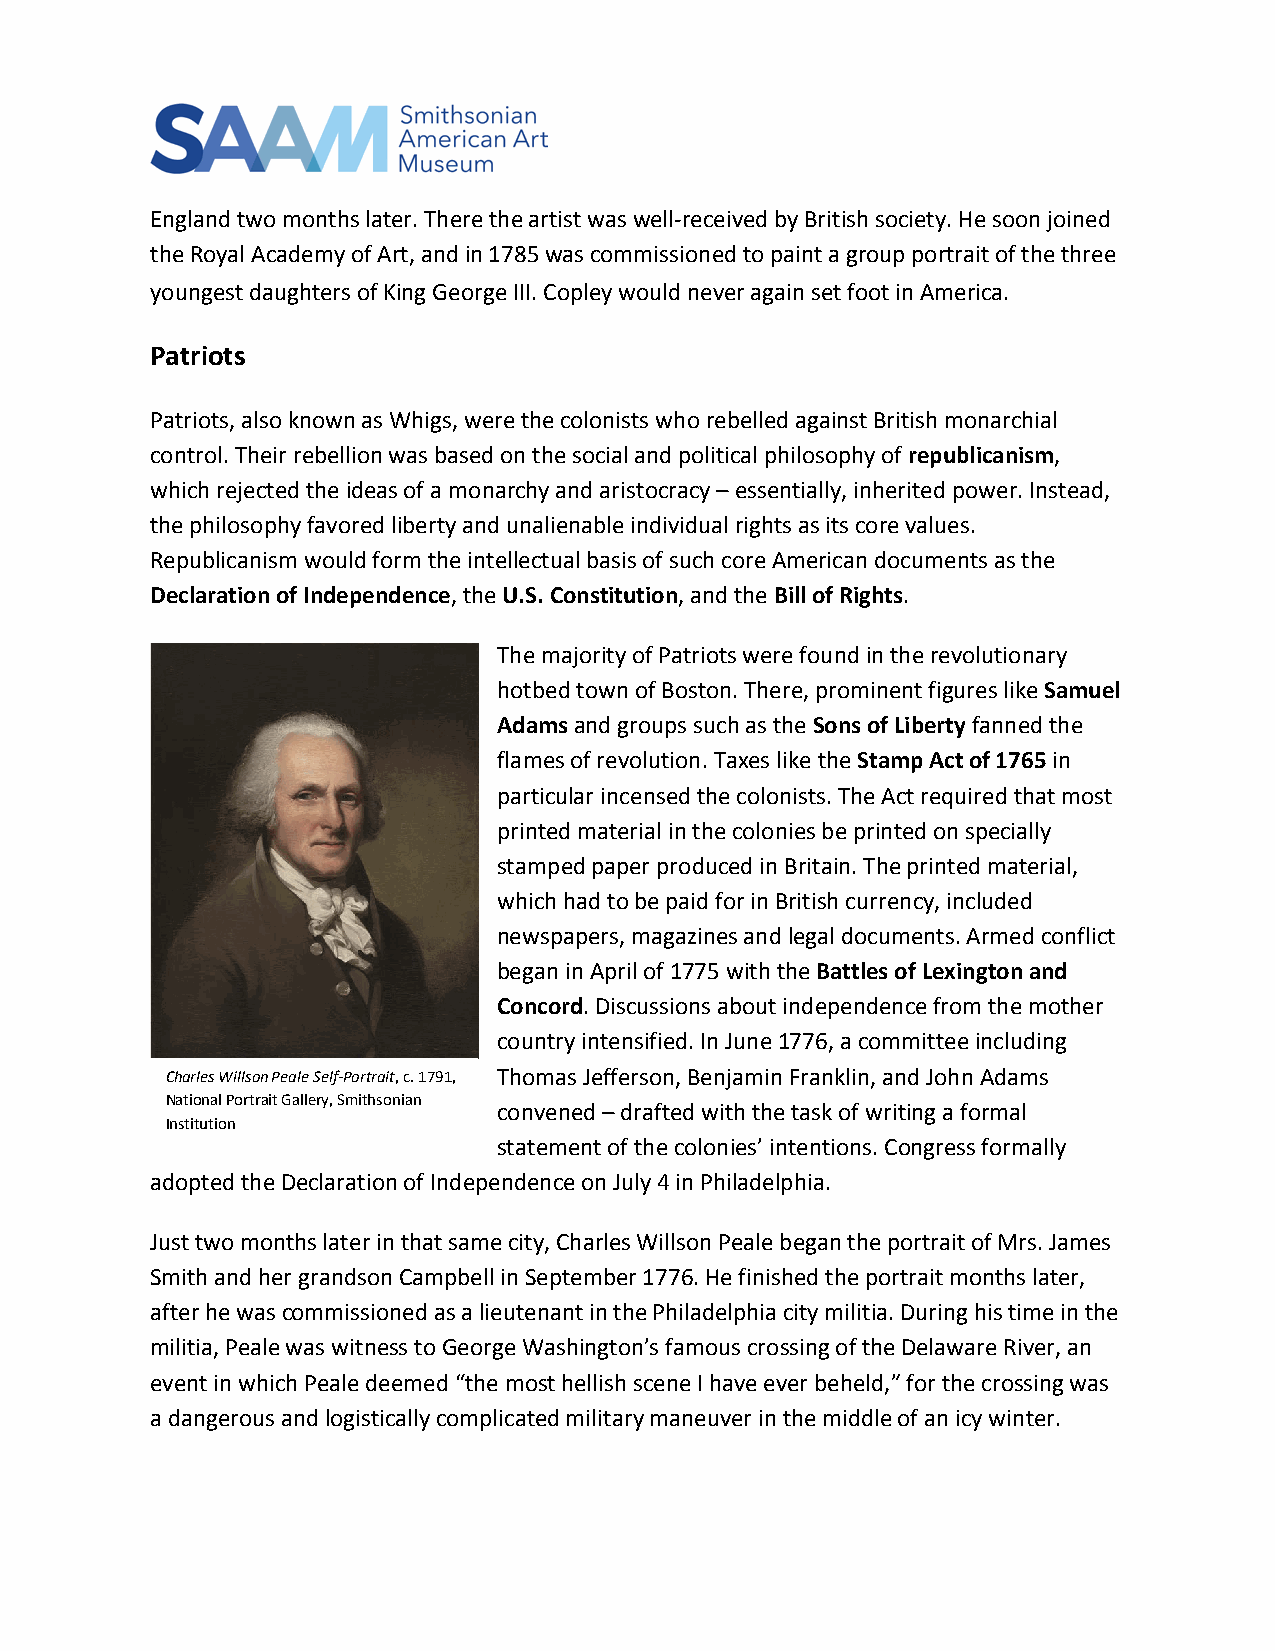
England two months later. There the artist was well-received by British society. He soon joined
 the Royal Academy of Art, and in 1785 was commissioned to paint a group portrait of the three
 youngest daughters of King George III. Copley would never again set foot in America.
 Patriots
 Patriots, also known as Whigs, were the colonists who rebelled against British monarchial
 control. Their rebellion was based on the social and political philosophy of republicanism,
 which rejected the ideas of a monarchy and aristocracy – essentially, inherited power. Instead,
 the philosophy favored liberty and unalienable individual rights as its core values.
 Republicanism would form the intellectual basis of such core American documents as the
 Declaration of Independence, the U.S. Constitution, and the Bill of Rights.
 The majority of Patriots were found in the revolutionary
 hotbed town of Boston. There, prominent figures like Samuel
 Adams and groups such as the Sons of Liberty fanned the
 flames of revolution. Taxes like the Stamp Act of 1765 in
 particular incensed the colonists. The Act required that most
 printed material in the colonies be printed on specially
 stamped paper produced in Britain. The printed material,
 which had to be paid for in British currency, included
 newspapers, magazines and legal documents. Armed conflict
 began in April of 1775 with the Battles of Lexington and
 Concord. Discussions about independence from the mother
 country intensified. In June 1776, a committee including
 Charles Willson Peale Self-Portrait, c. 1791, Thomas Jefferson, Benjamin Franklin, and John Adams
 National Portrait Gallery, Smithsonian
 convened – drafted with the task of writing a formal
 Institution
 statement of the colonies’ intentions. Congress formally
 adopted the Declaration of Independence on July 4 in Philadelphia.
 Just two months later in that same city, Charles Willson Peale began the portrait of Mrs. James
 Smith and her grandson Campbell in September 1776. He finished the portrait months later,
 after he was commissioned as a lieutenant in the Philadelphia city militia. During his time in the
 militia, Peale was witness to George Washington’s famous crossing of the Delaware River, an
 event in which Peale deemed “the most hellish scene I have ever beheld,” for the crossing was
 a dangerous and logistically complicated military maneuver in the middle of an icy winter.